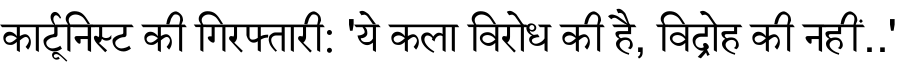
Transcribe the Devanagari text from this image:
कार्टूनिस्ट की गिरफ्तारी: 'ये कला विरोध की है, विद्रोह की नहीं..'